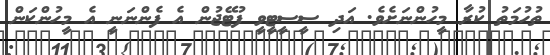
ތުހުމަތު ކުރާ މީހުންނަށެވެ. އަދި ސީސީޓީވީ ފުޓޭޖުން އެ ފެންނަނީ އެ މީހުންކަން